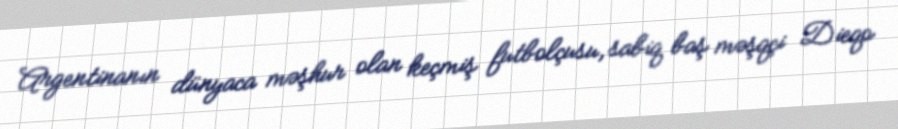
Argentinanın dünyaca məşhur olan keçmiş futbolçusu, sabiq baş məşqçi Dieqo